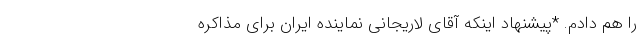
را هم دادم. *پیشنهاد اینکه آقای لاریجانی نماینده ایران برای مذاکره